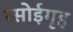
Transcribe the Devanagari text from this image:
रसोईगृह